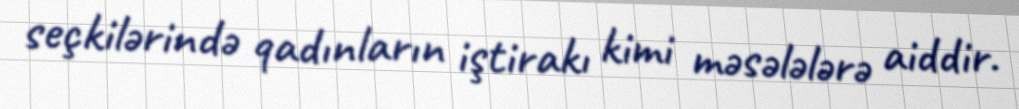
seçkilərində qadınların iştirakı kimi məsələlərə aiddir.